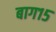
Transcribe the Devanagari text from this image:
बाग१५